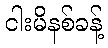
ငါးမိနစ်ခန့်